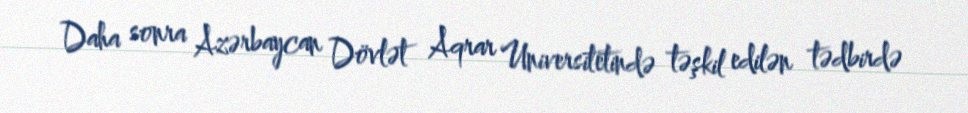
Daha sonra Azərbaycan Dövlət Aqrar Universitetində təşkil edilən tədbirdə